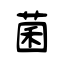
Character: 菌